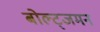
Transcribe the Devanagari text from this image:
बोल्ट्जमन